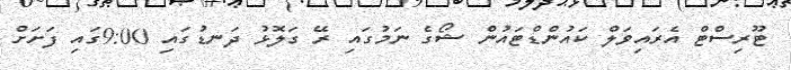
ޓޫރިސްޓް އެރައިވަލް ކައުންޑްޓައުން ޝޯގެ ނަމުގައި ރޭ ގަލޮޅު ދަނޑުގައި 9:00ގައި ފަށަށް